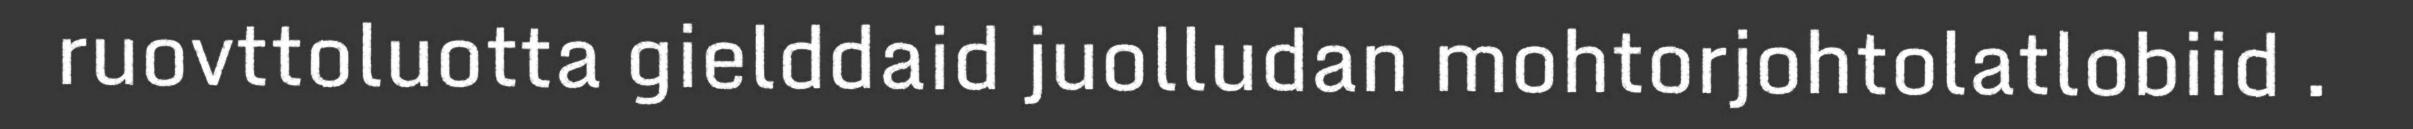
ruovttoluotta gielddaid juolludan mohtorjohtolatlobiid .